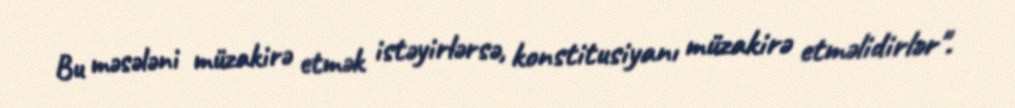
Bu məsələni müzakirə etmək istəyirlərsə, konstitusiyanı müzakirə etməlidirlər".